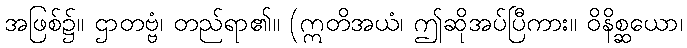
အဖြစ်၌။ ဌာတဗ္ဗံ၊ တည်ရာ၏။ (ဣတိအယံ၊ ဤဆိုအပ်ပြီကား။ ဝိနိစ္ဆယော၊